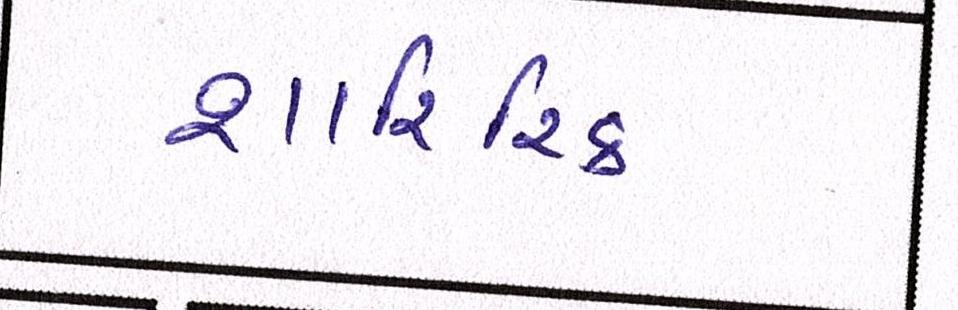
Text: શારિરિક